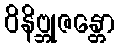
ဝိနိဗ္ဘုဇန္တော